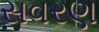
સવરણ